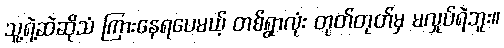
သူ့ရဲ့ဆဲဆိုသံ ကြားနေရပေမယ့် တစ်ရွာလုံး တုတ်တုတ်မှ မလှုပ်ရဲဘူး။